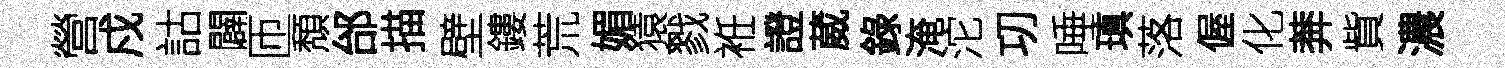
營戍詁闢匝頽邰描壁鏤荒媚猿戮袵證葳錄淹沱㓛唾瑱落偓化莾貲濃